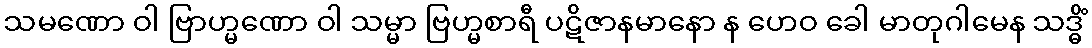
သမဏော ဝါ ဗြာဟ္မဏော ဝါ သမ္မာ ဗြဟ္မစာရီ ပဋိဇာနမာနော န ဟေဝ ခေါ မာတုဂါမေန သဒ္ဓိံ